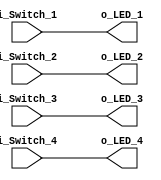
module Switches_To_LEDs (
  input  i_Switch_1,
  input  i_Switch_2,
  input  i_Switch_3,
  input  i_Switch_4,
  output o_LED_1,
  output o_LED_2,
  output o_LED_3,
  output o_LED_4
  );

  assign o_LED_1 = i_Switch_1;
  assign o_LED_2 = i_Switch_2;
  assign o_LED_3 = i_Switch_3;
  assign o_LED_4 = i_Switch_4;
  
endmodule